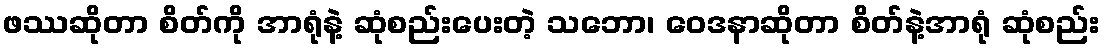
ဖဿဆိုတာ စိတ်ကို အာရုံနဲ့ ဆုံစည်းပေးတဲ့ သဘော၊ ဝေဒနာဆိုတာ စိတ်နဲ့အာရုံ ဆုံစည်း